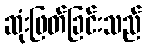
ဆုံးဖြတ်ခြင်းသည်